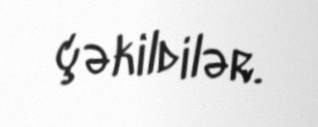
çəkildilər.